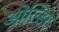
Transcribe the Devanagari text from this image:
ओल्डिंग